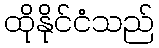
ထိုနိုင်ငံသည်